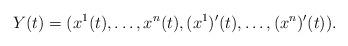
LaTeX: \begin{align*}Y(t) = (x^1(t), \ldots, x^n(t), (x^1)'(t), \ldots, (x^n)'(t)).\end{align*}